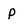
Character: P